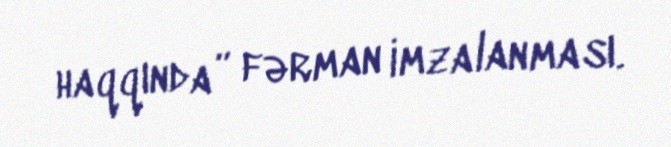
haqqında” fərman imzalanması.